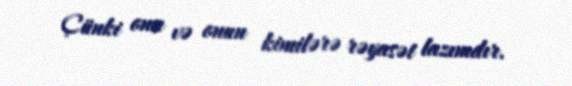
Çünki ona və onun kimilərə rəyasət lazımdır.